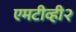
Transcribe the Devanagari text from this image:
एमटीव्ही२